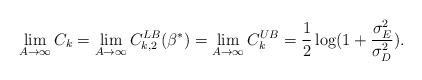
LaTeX: \begin{align*}\lim_{A \to \infty} C_k=\lim_{A \to \infty} C_{k,2}^{LB}(\beta^*)=\lim_{A \to \infty} C_k^{UB}=\frac{1}{2} \log (1+\frac{\sigma_E^2}{\sigma_D^2}).\end{align*}